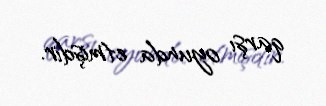
qarşı oyunda etmişdir.